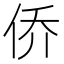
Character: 侨